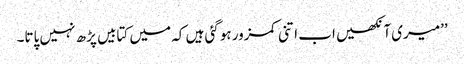
’’میری آنکھیں اب اتنی کمزور ہوگئی ہیں کہ میں کتابیں پڑھ نہیں پاتا۔